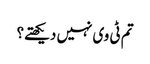
تم ٹی وی نہیں دیکھتے؟